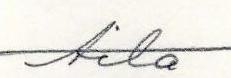
Aila